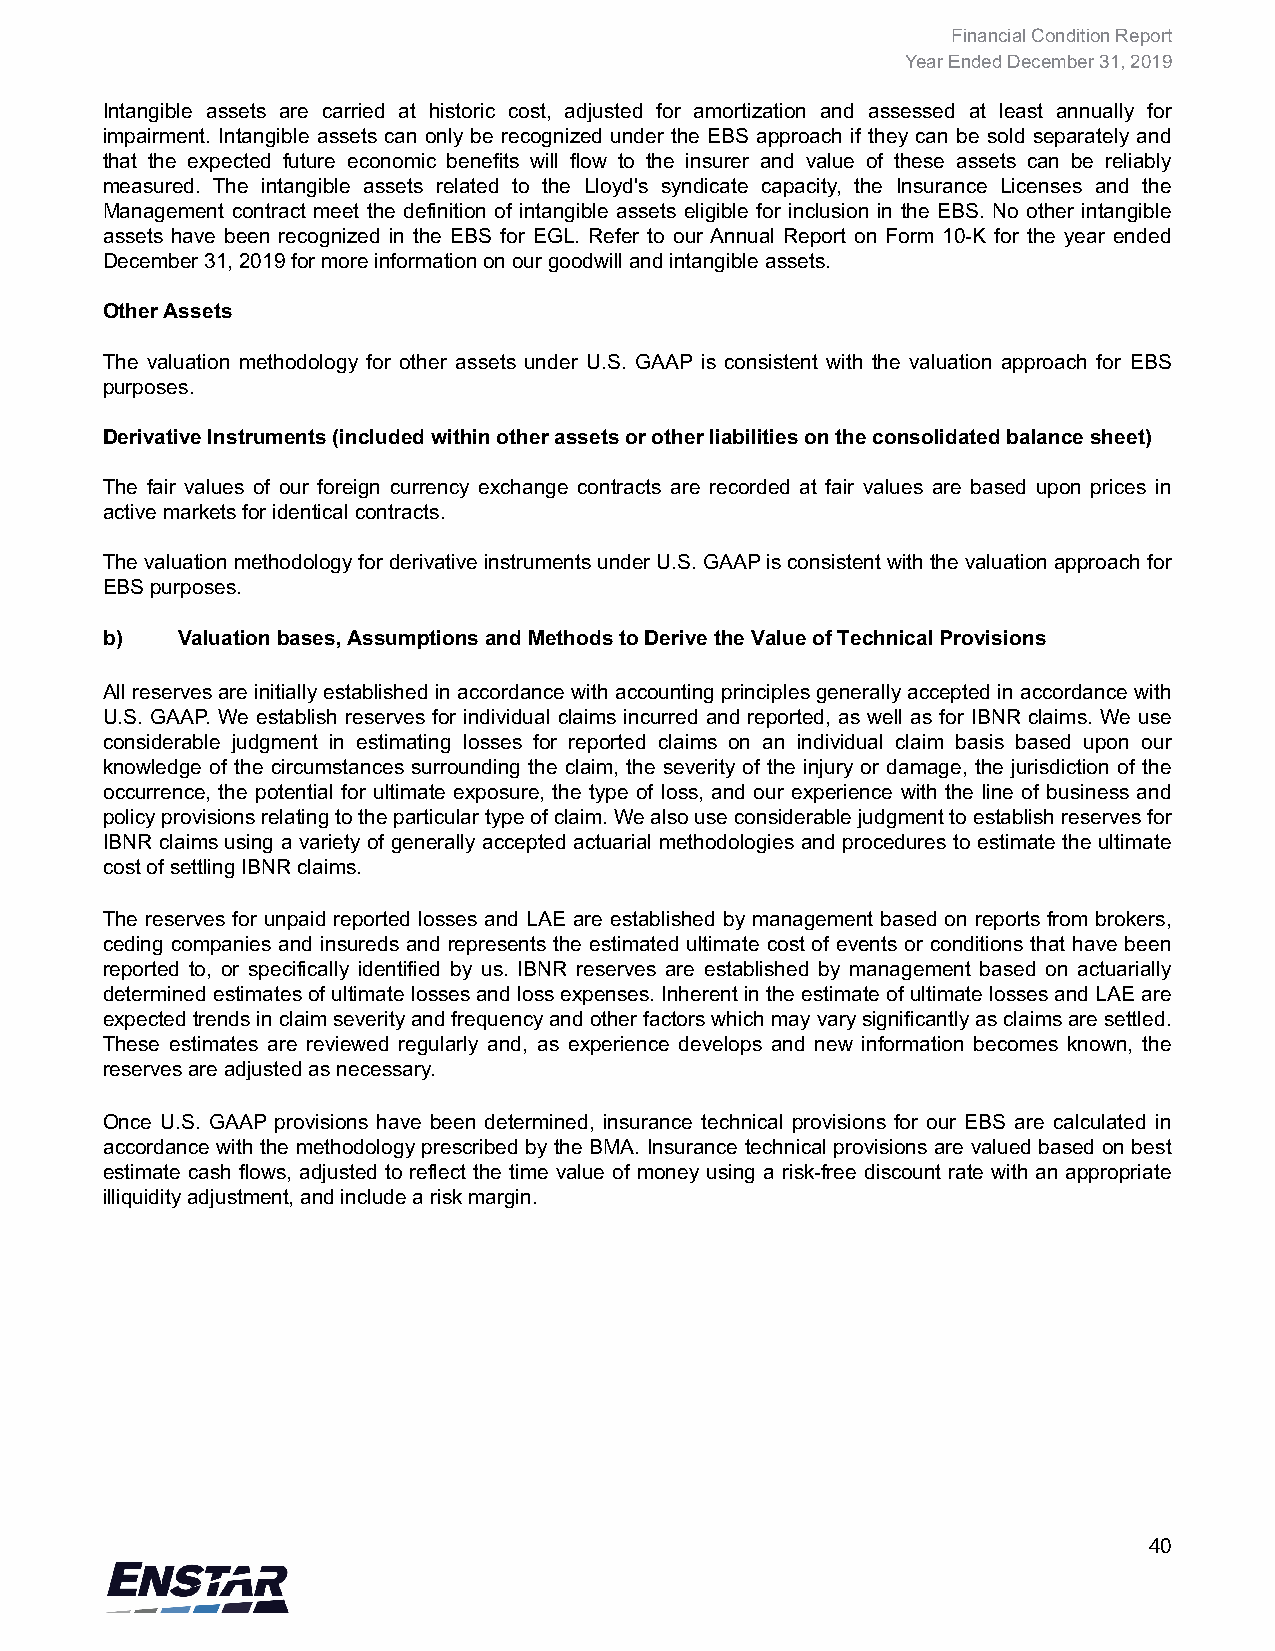
Financial Condition Report
 Year Ended December 31, 2019
 Intangible assets are carried at historic cost, adjusted for amortization and assessed at least annually for
 impairment. Intangible assets can only be recognized under the EBS approach if they can be sold separately and
 that the expected future economic benefits will flow to the insurer and value of these assets can be reliably
 measured. The intangible assets related to the Lloyd's syndicate capacity, the Insurance Licenses and the
 Management contract meet the definition of intangible assets eligible for inclusion in the EBS. No other intangible
 assets have been recognized in the EBS for EGL. Refer to our Annual Report on Form 10-K for the year ended
 December 31, 2019 for more information on our goodwill and intangible assets.
 Other Assets
 The valuation methodology for other assets under U.S. GAAP is consistent with the valuation approach for EBS
 purposes.
 Derivative Instruments (included within other assets or other liabilities on the consolidated balance sheet)
 The fair values of our foreign currency exchange contracts are recorded at fair values are based upon prices in
 active markets for identical contracts.
 The valuation methodology for derivative instruments under U.S. GAAP is consistent with the valuation approach for
 EBS purposes.
 b)   Valuation bases, Assumptions and Methods to Derive the Value of Technical Provisions
 All reserves are initially established in accordance with accounting principles generally accepted in accordance with
 U.S. GAAP. We establish reserves for individual claims incurred and reported, as well as for IBNR claims. We use
 considerable judgment in estimating losses for reported claims on an individual claim basis based upon our
 knowledge of the circumstances surrounding the claim, the severity of the injury or damage, the jurisdiction of the
 occurrence, the potential for ultimate exposure, the type of loss, and our experience with the line of business and
 policy provisions relating to the particular type of claim. We also use considerable judgment to establish reserves for
 IBNR claims using a variety of generally accepted actuarial methodologies and procedures to estimate the ultimate
 cost of settling IBNR claims.
 The reserves for unpaid reported losses and LAE are established by management based on reports from brokers,
 ceding companies and insureds and represents the estimated ultimate cost of events or conditions that have been
 reported to, or specifically identified by us. IBNR reserves are established by management based on actuarially
 determined estimates of ultimate losses and loss expenses. Inherent in the estimate of ultimate losses and LAE are
 expected trends in claim severity and frequency and other factors which may vary significantly as claims are settled.
 These estimates are reviewed regularly and, as experience develops and new information becomes known, the
 reserves are adjusted as necessary.
 Once U.S. GAAP provisions have been determined, insurance technical provisions for our EBS are calculated in
 accordance with the methodology prescribed by the BMA. Insurance technical provisions are valued based on best
 estimate cash flows, adjusted to reflect the time value of money using a risk-free discount rate with an appropriate
 illiquidity adjustment, and include a risk margin.
 40